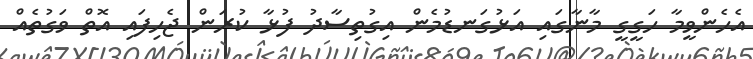
އެހެންވީމާ ހަގީގީ މާނާގައި އަޅުގަނޑުމެން އިގުތިސާދު ފުޅާ ކުރަން ޖެހިފައި އޮތް ވަގުތެއް